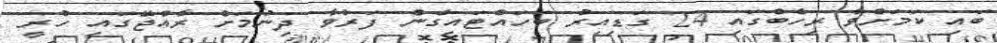
ބައި ކަމަށްވާ ރިހެބްގައި 24 ގަޑިއިރު ބަހައްޓައިގެން ފަރުވާ ދިނުމަށް ރާއްޖޭގައި ހުރީ